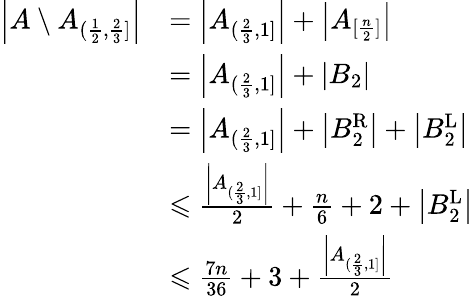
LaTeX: \begin{array}{rl}{\left|A\setminus A_{(\frac{1}{2},\frac{2}{3}]}\right|}&{=\left|A_{(\frac{2}{3},1]}\right|+\left|A_{[\frac{n}{2}]}\right|}\\ &{=\left|A_{(\frac{2}{3},1]}\right|+|B_{2}|}\\ &{=\left|A_{(\frac{2}{3},1]}\right|+\left|B_{2}^{\operatorname{R}}\right|+\left|B_{2}^{\operatorname{L}}\right|}\\ &{\leqslant\frac{\left|A_{(\frac{2}{3},1]}\right|}{2}+\frac{n}{6}+2+\left|B_{2}^{\operatorname{L}}\right|}\\ &{\leqslant\frac{7n}{36}+3+\frac{\left|A_{(\frac{2}{3},1]}\right|}{2}}\end{array}